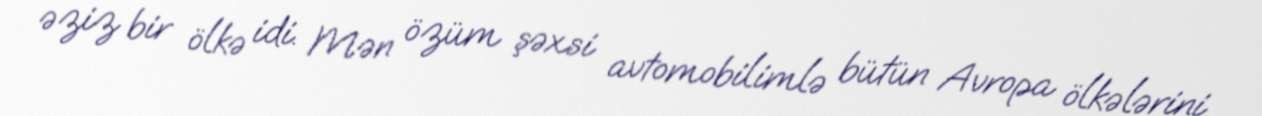
əziz bir ölkə idi. Mən özüm şəxsi avtomobilimlə bütün Avropa ölkələrini